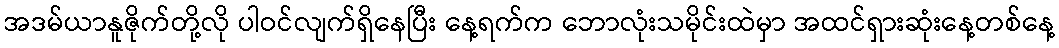
အဒမ်ယာနူဇိုက်တို့လို ပါဝင်လျက်ရှိနေပြီး နေ့ရက်က ဘောလုံးသမိုင်းထဲမှာ အထင်ရှားဆုံးနေ့တစ်နေ့